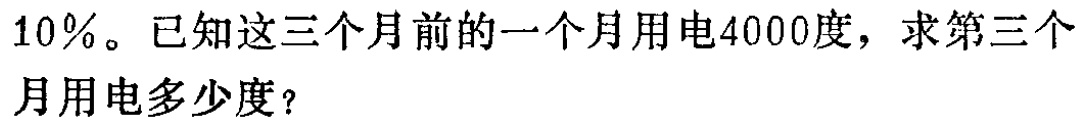
10%。已知这三个月前的一个月用电4000度，求第三个月用电多少度？